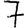
Digit: 7